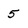
Character: 5